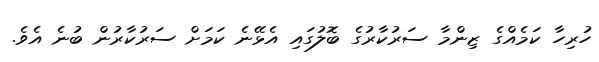
ހުރިހާ ކަމެއްްގެ ޒިންމާ ސަރުކާރުގެ ބޮލުގައި އެޅޭނެ ކަމަށް ސަރުކާރުން ބުނެ އެވެ.